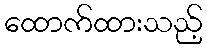
ထောက်ထားသည့်